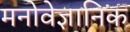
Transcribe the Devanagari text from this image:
मनोवेज्ञानिक